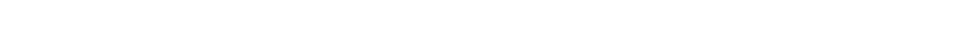
တေသု ဧကသာဋကေသု စ၊ ထိုတစ်ထည်တည်းသော အဝတ်ကိုဝတ်သော တိတ္ထိတို့သည်လည်းကောင်း။ သတ္တသု၊